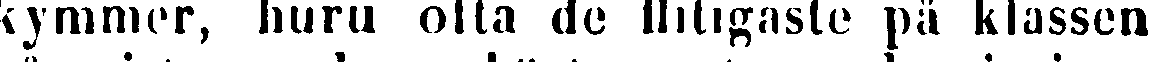
kymmer, huru ofta de flitigaste på klassen